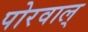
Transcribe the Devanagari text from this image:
पोरवाल्